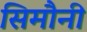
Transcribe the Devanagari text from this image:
सिमौनी